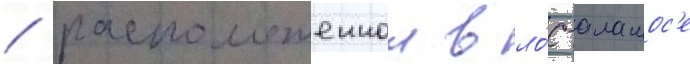
/ расположеннои в ло́с-аламос'е